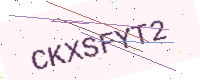
Text: CKXSFYT2